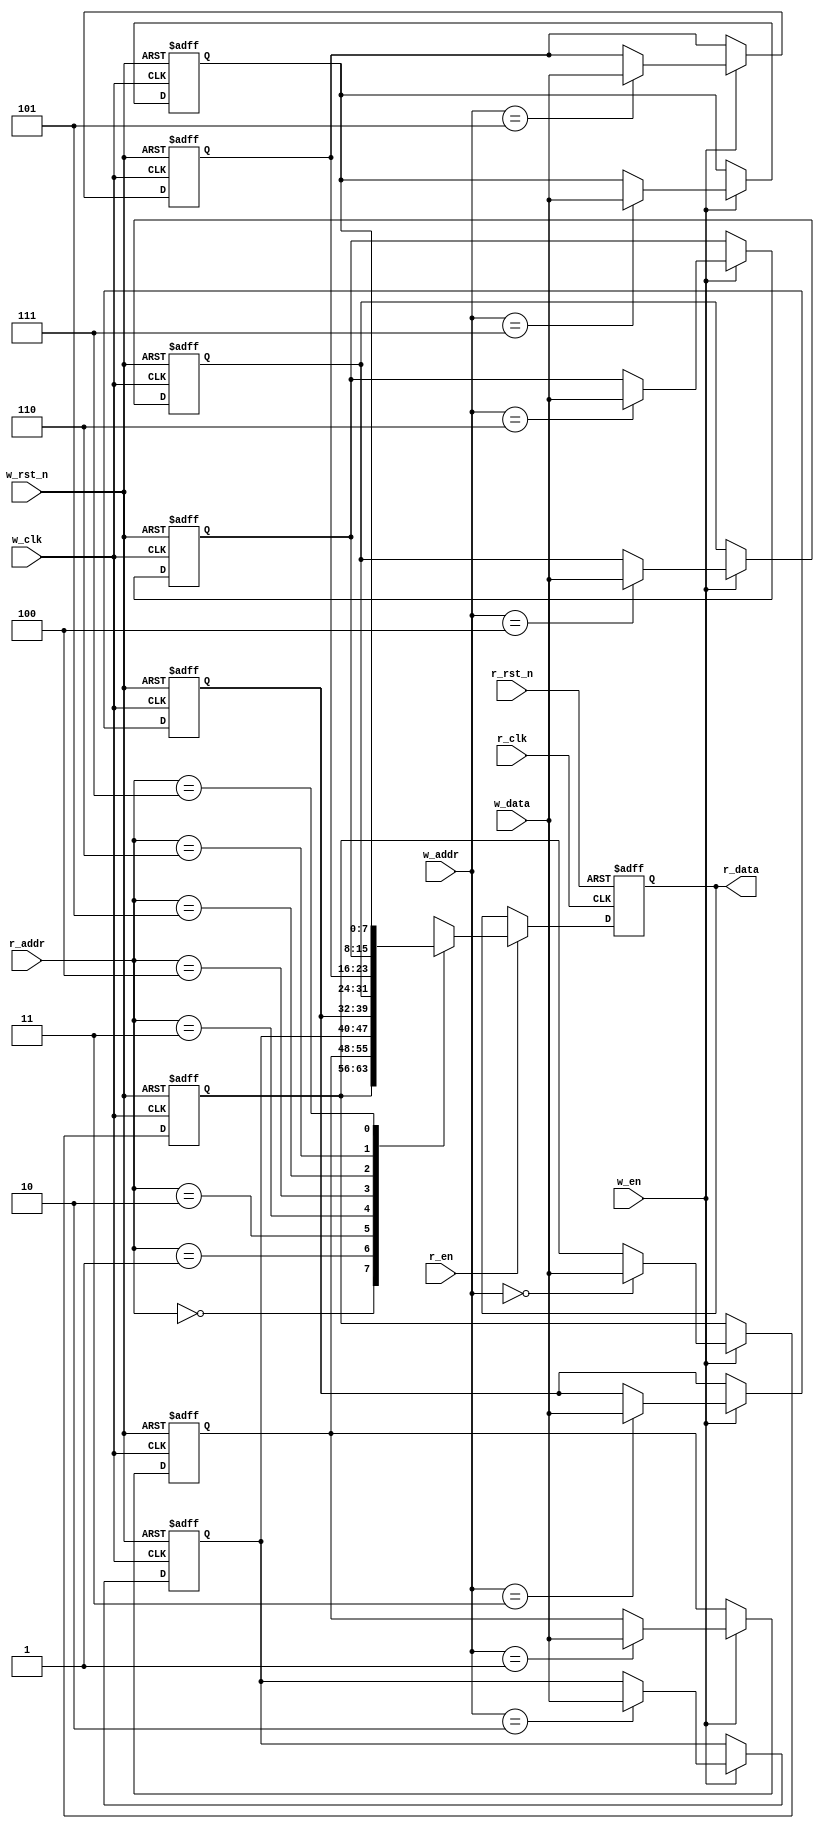
module FIFO_memory #(
                        parameter D_WIDTH    = 8 ,
                                  DEPTH      = 16,
                                  ADDR_WIDTH = 3
                    )
(
// write clock domain
input  wire                    w_clk  ,
input  wire                    w_rst_n,
input  wire                    w_en   ,
input  wire  [D_WIDTH-1:0]     w_data ,
input  wire  [ADDR_WIDTH-1:0]  w_addr ,
// read clock domain
input  wire                    r_clk   ,
input  wire                    r_rst_n ,
input  wire                    r_en    ,
input  wire  [ADDR_WIDTH-1:0]  r_addr  ,
output reg   [D_WIDTH-1:0]     r_data
);

reg [D_WIDTH-1:0] memory [0:DEPTH-1];

integer i;

///////////// Write into the Memory //////////////
always @(posedge w_clk or negedge w_rst_n)
 begin
    if(!w_rst_n)
     begin
        for(i=0 ; i<DEPTH ; i=i+1) begin
            memory[i] <= 'b0 ;
        end
     end
    else if(w_en)
     begin
        memory[w_addr] <= w_data ; 
     end
 end

///////////// Read from the Memory //////////////
always @(posedge r_clk or negedge r_rst_n)
 begin
    if(!r_rst_n)
     begin
        r_data <= 'b0 ;
     end
    else if(r_en)
     begin
        r_data <= memory[r_addr] ;
     end
 end

endmodule